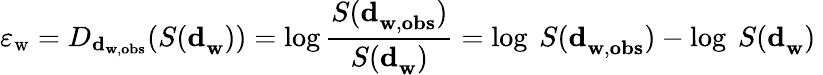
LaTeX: \varepsilon_{\mathrm{w}}=D_{\mathbf{d}_{\mathbf{w},\mathbf{obs}}}({S(\mathbf{d}}_{\mathbf{w}}))=\log\frac{{S(\mathbf{d}}_{\mathbf{w},\mathbf{obs}})}{{S(\mathbf{d}}_{\mathbf{w}})}=\log{\ S(\mathbf{d}}_{\mathbf{w},\mathbf{obs}})-\log\ {S(\mathbf{d}}_{\mathbf{w}})\